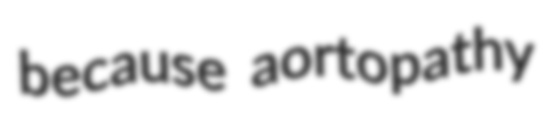
because aortopathy